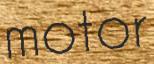
motor